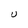
Character: U